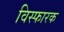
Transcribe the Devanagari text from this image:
विस्‍फारक